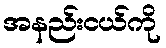
အနည်းငယ်ကို